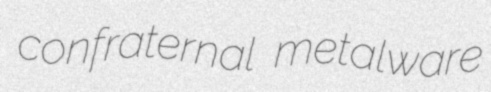
confraternal metalware